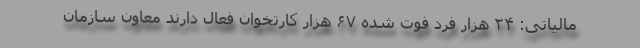
مالیاتی: ۲۴ هزار فرد فوت شده ۶۷ هزار کارتخوان فعال دارند معاون سازمان